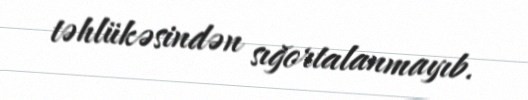
təhlükəsindən sığortalanmayıb.